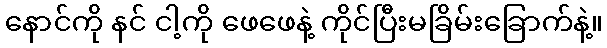
နောင်ကို နင် ငါ့ကို ဖေဖေနဲ့ ကိုင်ပြီးမခြိမ်းခြောက်နဲ့။